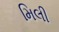
મિલી